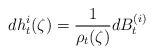
LaTeX: \begin{align*}dh^{i}_{t}(\zeta)=\frac{1}{\rho_{t}(\zeta)}dB_{t}^{(i)}\end{align*}